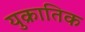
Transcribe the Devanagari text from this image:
युक्रातिक